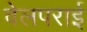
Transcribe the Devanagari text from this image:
वेलपराई